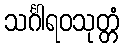
သင်္ဂါရဝသုတ္တံ